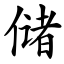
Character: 储